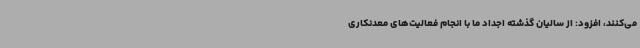
می‌کنند، افزود: از سالیان گذشته اجداد ما با انجام فعالیت‌های معدنکاری